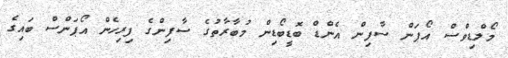
މޯލްޑިވްސް އޯޕަން ސާފިން އެންޑް ބޮޑީބޯޑިން މުބާރާތުގެ ސާފިންގެ ފިރިހެން އޯޕަންސް ބައިގެ